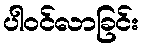
ပါဝင်လာခြင်း